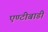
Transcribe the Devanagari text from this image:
एण्टीबाडी